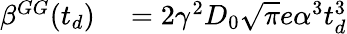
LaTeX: \begin{array}{rl}{\beta^{GG}(t_{d})}&{{}=2\gamma^{2}D_{0}\sqrt{\pi}e\alpha^{3}t_{d}^{3}}\end{array}